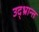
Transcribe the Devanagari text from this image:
उद्‌भ्रान्त